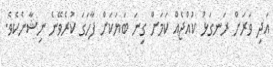
އަދި ވަރަށް ރަނގަޅު ކުއްޖެއް ކަމަށް ގިނަ ބަޔަކަށް ފާހަގަ ކުރެވޭނެ ނިޝާނެކެވެ.